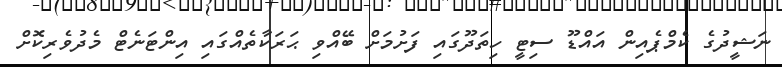
ނަޝީދުގެ ކެމްޕެއިން އައްޑޫ ސިޓީ ހިތަދޫގައި ފަށުމަށް ބޭއްވި ޙަރަކާތެއްގައި އިންޓަނެޓް މެދުވެރިކޮށް